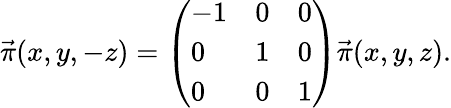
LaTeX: \vec{\pi}(x,y,-z)=\left(\begin{array}{lll}{{-1}}&{{0}}&{{0}}\\ {{0}}&{{1}}&{{0}}\\ {{0}}&{{0}}&{{1}}\end{array}\right)\vec{\pi}(x,y,z).